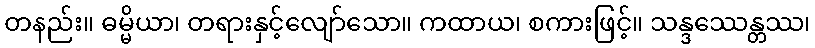
တနည်း။ ဓမ္မိယာ၊ တရားနှင့်လျော်သော။ ကထာယ၊ စကားဖြင့်။ သန္ဒဿေန္တဿ၊